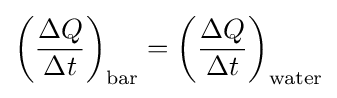
\left({\frac {\Delta Q}{\Delta t}}\right)_{\mathrm {bar} }=\left({\frac {\Delta Q}{\Delta t}}\right)_{\mathrm {water} }